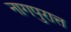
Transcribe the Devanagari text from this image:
नागपुरात्त